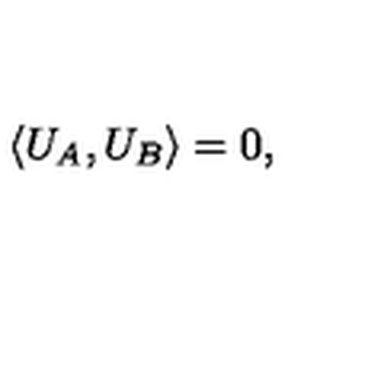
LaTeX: \langle U _ { A } , U _ { B } \rangle = 0 ,